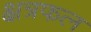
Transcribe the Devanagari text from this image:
क्षत्रफल